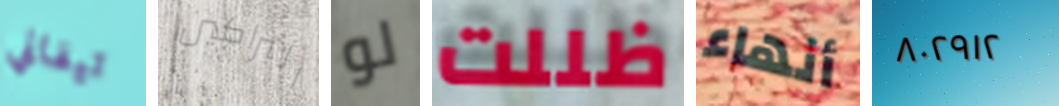
تيفاني البراكين لو ظللت أنهاء ٨٠٢٩١٢